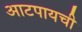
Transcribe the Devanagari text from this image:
आटपायची